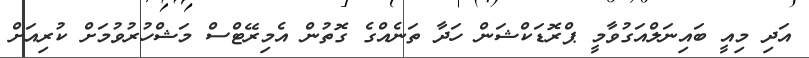
އަދި މިއީ ބައިނަލްއަގުވާމީ ޕްރޮޑަކްޝަން ހަދާ ތަނެއްގެ ގޮތުން އެމިރޭޓްސް މަޝްހުރުވުމަށް ކުރިއަށް